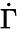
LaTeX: \dot{\Gamma}